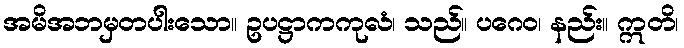
အမိအဘမှတပါးသော။ ဥပဋ္ဌာကကုလံ၊ သည်။ ပဂေဝ၊ နည်း။ ဣတိ၊